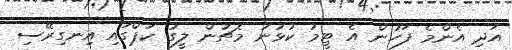
އަދި އެންމެ ފަހުން އެ ޓީމު ކުޅުނު މެޗުން ލީގު ކަޕްގައި އިނގިރޭސި